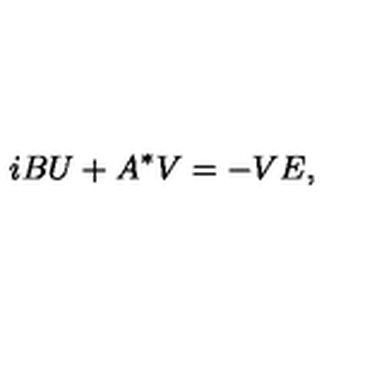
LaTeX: i B U + A ^ { * } V = - V E ,